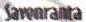
Savonranta